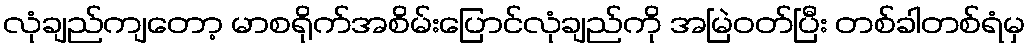
လုံချည်ကျတော့ မာစရိုက်အစိမ်းပြောင်လုံချည်ကို အမြဲဝတ်ပြီး တစ်ခါတစ်ရံမှ